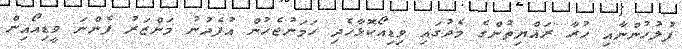
ފުލުހުންނާއި ހުރާ ރައްޔިތުންގެ މެދުގައި ވިޑިއޯކޮޅާހެދި ހަމަނުޖެހުން އުފެދުނު މަންޒަރު ފެންނަ ވީޑިއޯއިން